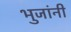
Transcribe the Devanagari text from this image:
भुजांनी